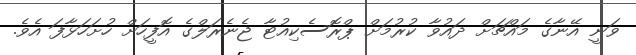
ވަނީ އޭނާގެ މައްޗަށް ދައުވާ ކުރުމަށް ޕްރޮސެކިއުޓާ ޖެނެރަލްގެ އޮފީހަށް ހުށަހަޅާފަ އެވެ.